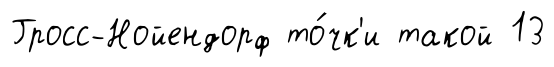
Гросс-Нойендорф то́чк'и такой 13